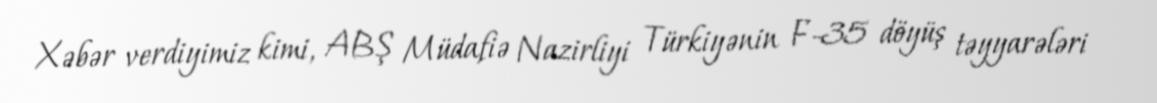
Xəbər verdiyimiz kimi, ABŞ Müdafiə Nazirliyi Türkiyənin F-35 döyüş təyyarələri